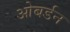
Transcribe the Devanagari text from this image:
ओबर्डन